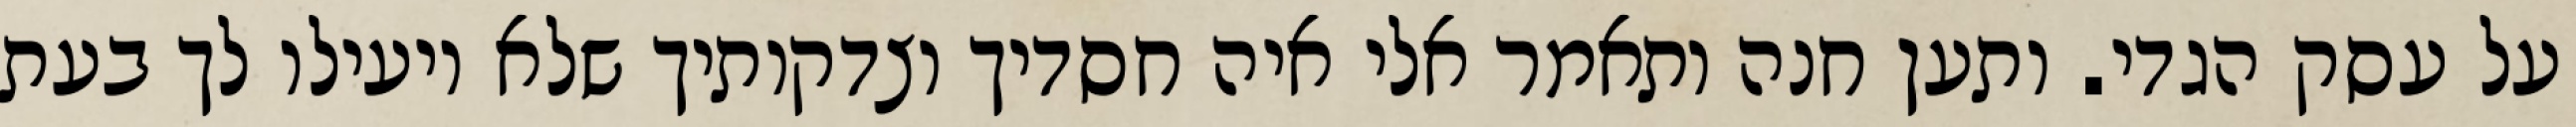
על עסק הגדי. ותען חנה ותאמר אלי איה חסדיך וצדקותיך שלא יועילו לך בעת